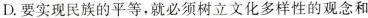
D.要实现民族的平等，就必须树立文化多样性的观念和